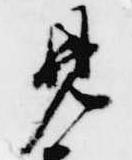
見